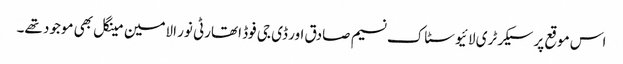
اس موقع پر سیکرٹری لائیو سٹاک نسیم صادق اور ڈی جی فوڈ اتھارٹی نور الامین مینگل بھی موجود تھے۔